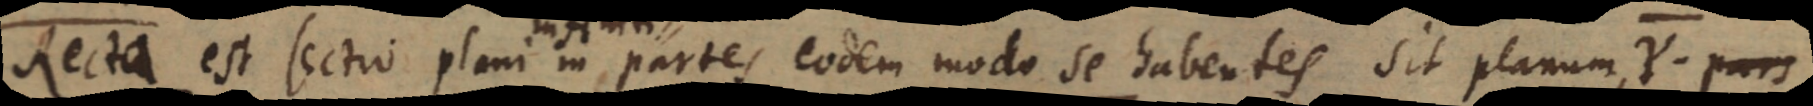
Recta est sectio plani in partes eodem modo se habentes sit planum Y. pars